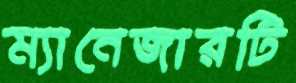
ম্যানেজারটি